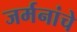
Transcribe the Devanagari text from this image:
जर्मनांचे